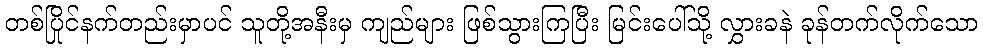
တစ်ပြိုင်နက်တည်းမှာပင် သူတို့အနီးမှ ကျည်များ ဖြစ်သွားကြပြီး မြင်းပေါ်သို့ လွှားခနဲ ခုန်တက်လိုက်သော